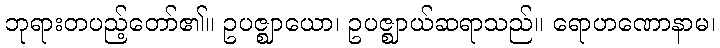
ဘုရားတပည့်တော်၏။ ဥပဇ္ဈာယော၊ ဥပဇ္ဈာယ်ဆရာသည်။ ရောဟဏောနာမ၊